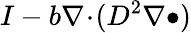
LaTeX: I-b\nabla\! \cdot\! (D^{2}\nabla\bullet)